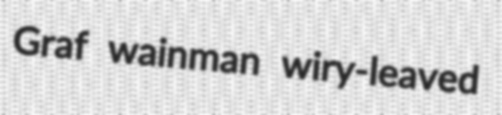
Graf wainman wiry-leaved